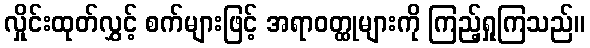
လှိုင်းထုတ်လွှင့် စက်များဖြင့် အရာဝတ္ထုများကို ကြည့်ရှုကြသည်။